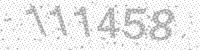
Solution: 111458